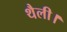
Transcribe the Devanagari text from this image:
थैली।